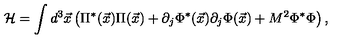
{ \cal H } = \int d ^ { 3 } { \vec { x } } \left( \Pi ^ { * } ( { \vec { x } } ) \Pi ( { \vec { x } } ) + \partial _ { j } \Phi ^ { * } ( { \vec { x } } ) \partial _ { j } \Phi ( { \vec { x } } ) + M ^ { 2 } \Phi ^ { * } \Phi \right) ,